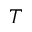
T